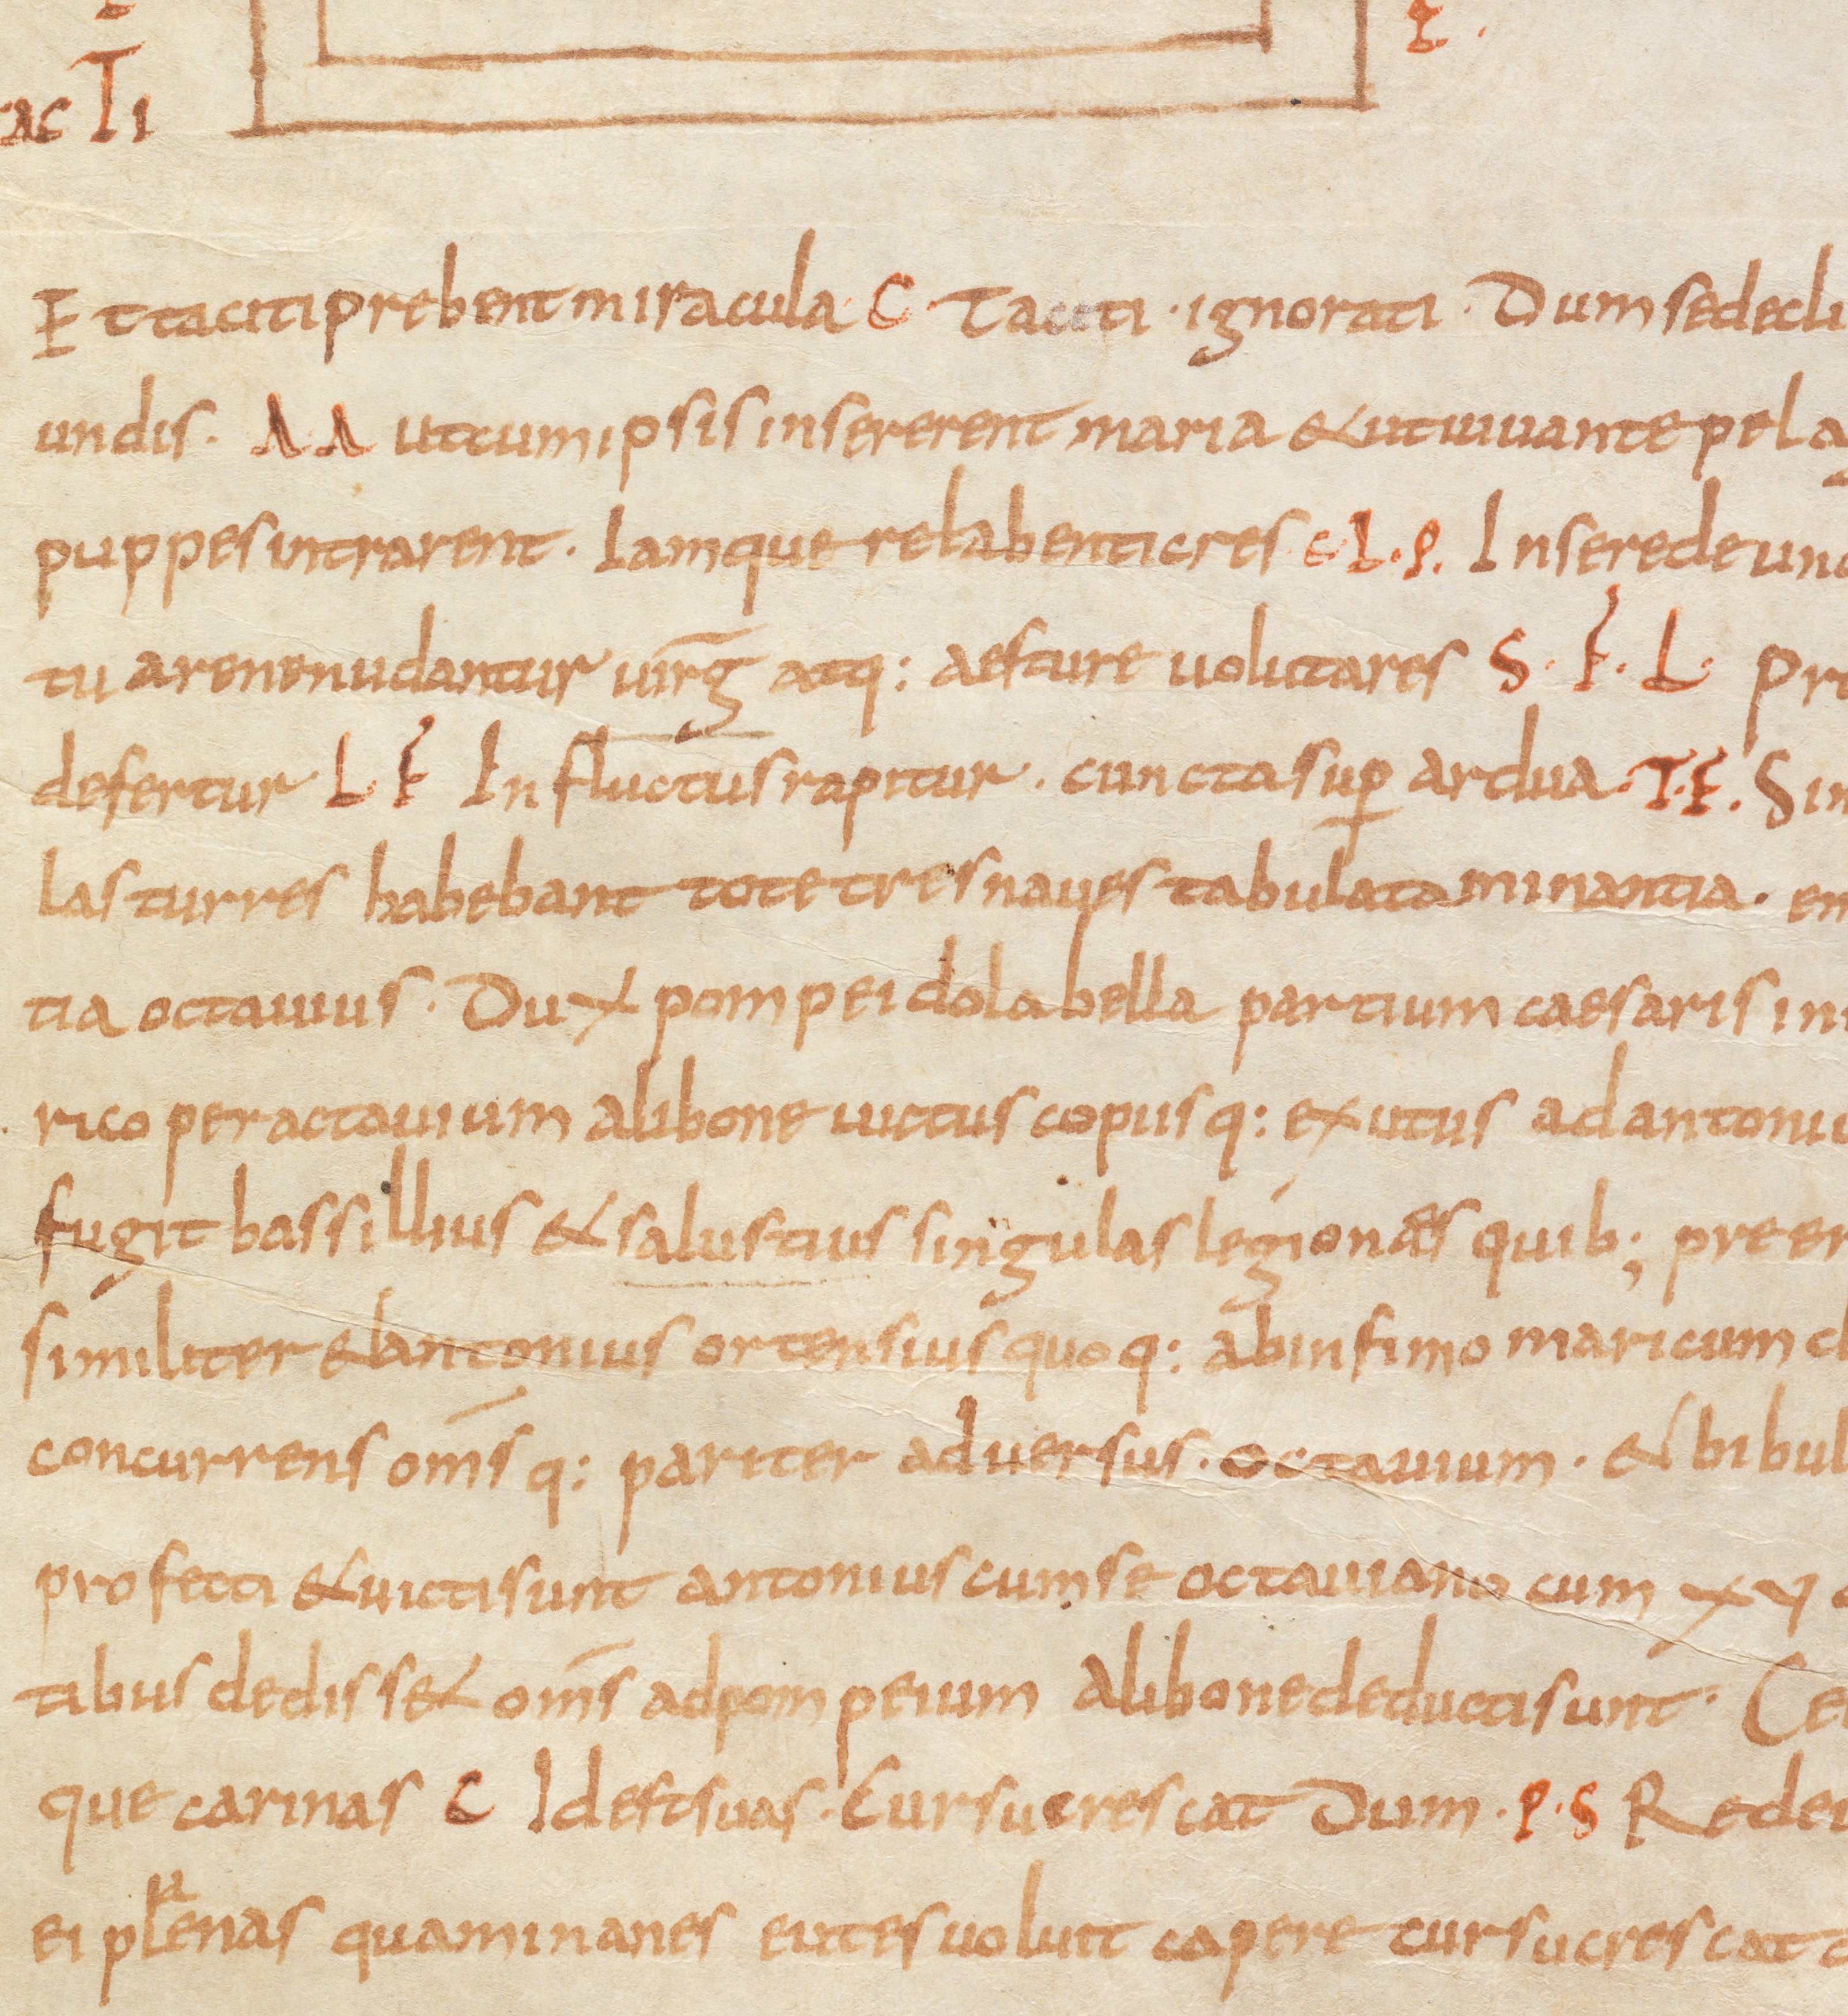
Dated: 885–899